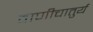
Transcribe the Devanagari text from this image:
वाणीचातुर्य